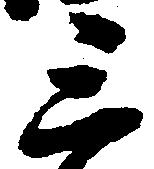
三